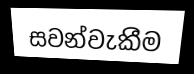
සවන්වැකීම